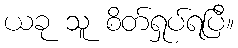
ယခု သူ စိတ်ရှုပ်ရပြီ။